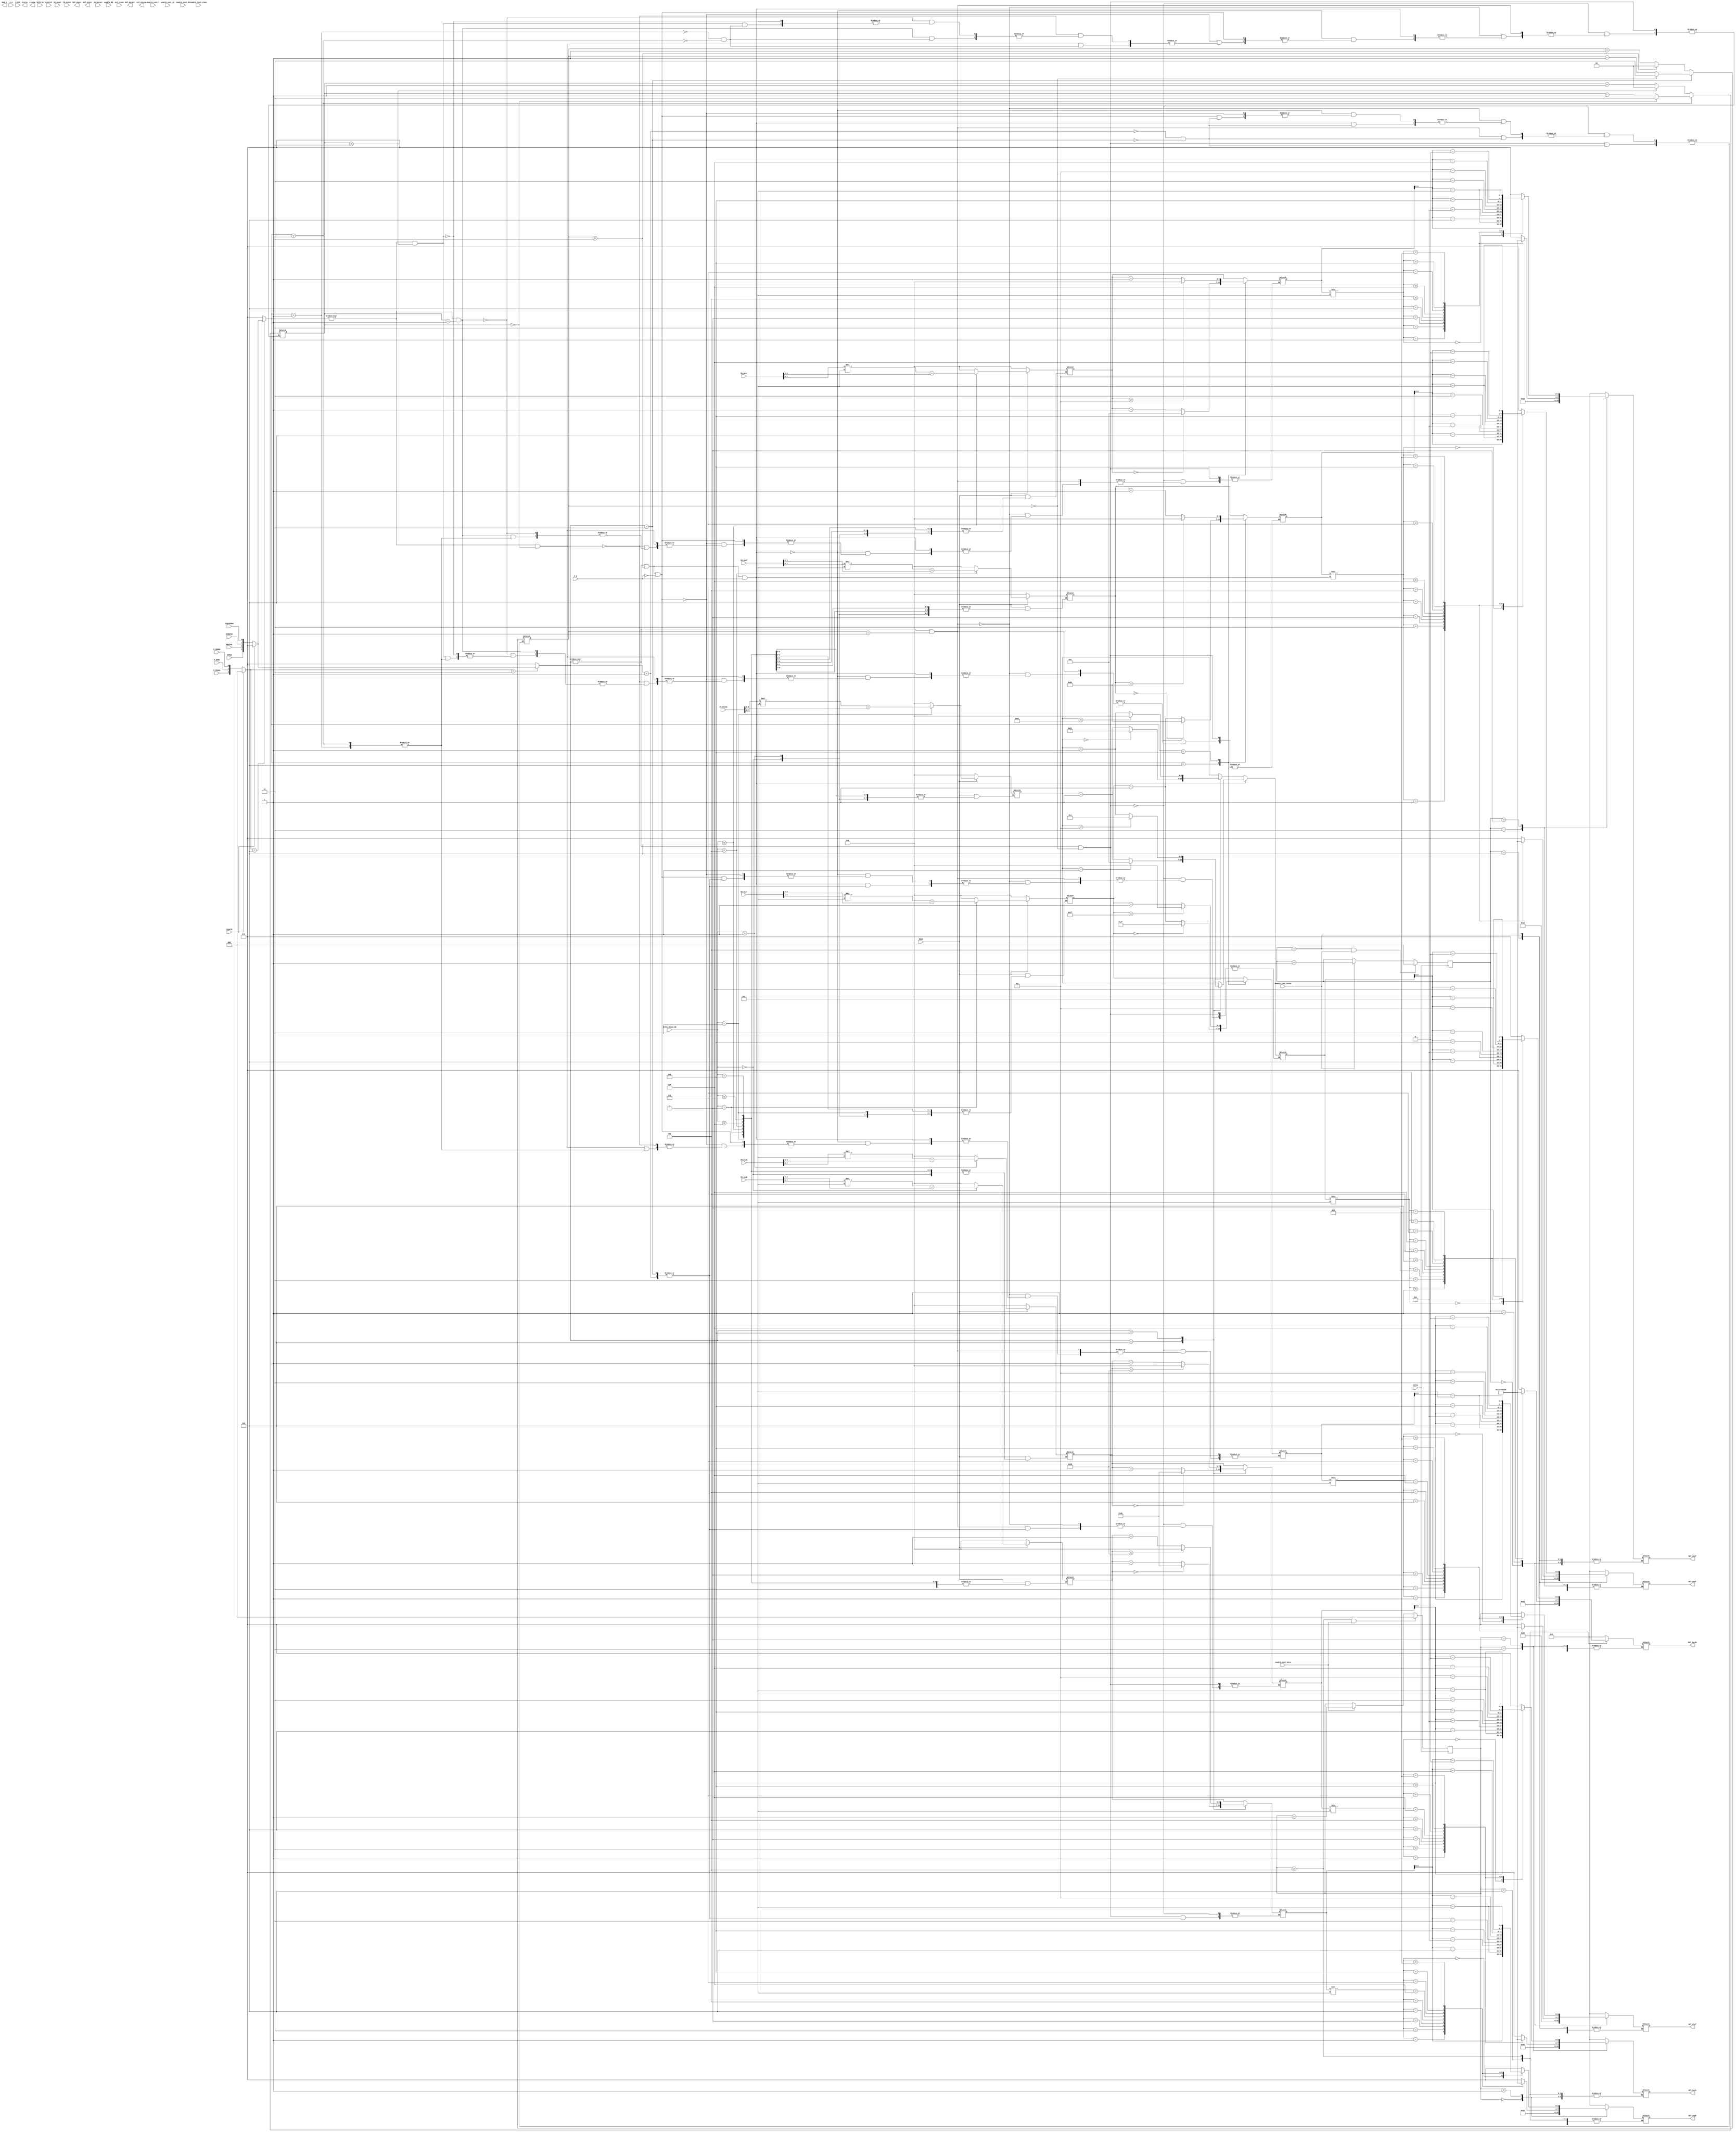
module Controlador_datos(
    
    output wire [7:0] OUT_segh,
    output wire [7:0] OUT_minh,
    output wire [7:0] OUT_horah,
    output wire [7:0] OUT_diaf,
    output wire [7:0] OUT_mesf,
    output wire [7:0] OUT_anof,
    output wire [7:0] OUT_segcr,
    output wire [7:0] OUT_mincr,
    output wire [7:0] OUT_horacr,
    output wire [7:0] Inicie,
    output wire [7:0] Mod_s,
    output wire [23:0] alarma,
    output wire bit_alarma,
    
    
    input wire [7:0] IN_segh,
    input wire [7:0] IN_minh,
    input wire [7:0] IN_horah,
    input wire [7:0] IN_diaf,
    input wire [7:0] IN_mesf,
    input wire [7:0] IN_anof,
    input wire [7:0] IN_segcr,
    input wire [7:0] IN_mincr,
    input wire [7:0] IN_horacr,
    input wire reloj,
    input wire resetM,
    input wire [7:0] DATO_IN,
    input wire P_FECHA,
    input wire P_HORA,
    input wire P_CRONO,
    input wire SUMAR,
    input wire RESTAR,
    input wire DERECHA,
    input wire IZQUIERDA,
    input wire A_A,
    input wire F_H,
    input wire [1:0] Control,
    input wire enable_RD,
    input wire R_RTC, 
    input wire enable_cont_16,
    input wire act_crono,
    input wire enable_cont_I,
    input wire enable_cont_MS,                            
    input wire enable_cont_hora,
    input wire enable_cont_fecha,
    input wire enable_cont_crono,
    input wire [3:0] Selec_Demux_DD,
    input wire READ
    
    
    
    
    );
   
  
  
   reg [3:0] botones;
   reg[2:0] switch ;
   reg [3:0] in_bot_fecha ;
   reg [3:0] in_bot_hora;
   reg [3:0] in_bot_cr; 
   reg [4:0] contador_21 = 0;
   reg contador_1 = 0;
   reg [2:0] sel_dato_hora;
   reg [2:0] sel_dato_fecha;
   reg [2:0] in_mod_status;
   reg [7:0] inicie;
   reg [7:0] mod_s;
   reg [6:0] bin_segh = 0;
   reg [6:0] bin_segh2 = 0;
   reg [6:0] bin_minh = 0;
   reg [6:0] bin_horah = 0;
   reg [6:0] bin_diaf = 0;
   reg [6:0] bin_mesf = 0;
   reg [6:0] bin_anof = 0;
   reg [6:0] bin_segcr = 0;
   reg [6:0] bin_mincr = 0;
   reg [6:0] bin_horacr = 0;
   
   reg [6:0] bin_segh1 = 0;
   reg [6:0] bin_minh1 = 0;
   reg [6:0] bin_horah1 = 0;
   reg [6:0] bin_diaf1 = 0;
   reg [6:0] bin_mesf1 = 0;
   reg [6:0] bin_anof1 = 0;
   reg [6:0] bin_segcr1 = 0;
   reg [6:0] bin_mincr1 = 0;
   reg [6:0] bin_horacr1 =0;
   
   reg [7:0] out_segh;
   reg [7:0] out_minh;
   reg [7:0] out_horah;
   reg [7:0] out_diaf;
   reg [7:0] out_mesf;
   reg [7:0] out_anof;
   reg [7:0] out_segcr;
   reg [7:0] out_mincr;
   reg [7:0] out_horacr;
   
   
   reg [7:0] out_segh_sal;
   reg [7:0] out_minh_sal;
   reg [7:0] out_horah_sal;
   reg [7:0] out_diaf_sal;
   reg [7:0] out_mesf_sal;
   reg [7:0] out_anof_sal;
   reg [7:0] out_segcr_sal;
   reg [7:0] out_mincr_sal;
   reg [7:0] out_horacr_sal;
   
   reg [1:0] contador_pos_h = 0;
   reg [1:0] contador_pos_f = 0;
   reg [1:0] contador_pos_cr = 0;
   
   
   parameter dir_outhora_1 = 8'd33;
   parameter dir_outhora_2 = 8'd34;
   parameter dir_outhora_3 = 8'd35;
   parameter dir_outfecha_1 = 8'd36;
   parameter dir_outfecha_2 = 8'd37;
   parameter dir_outfecha_3 = 8'd38;
   parameter dir_outcr_1 = 8'd65;
   parameter dir_outcr_2 = 8'd66;                                 
   parameter dir_outcr_3 = 8'd67;
   
   
   
   
      
  
   
//// concatena botones
  
  always @(*)
  begin
  
  if (resetM)
    botones <=0;
    
  else 
    botones <= {SUMAR,RESTAR,DERECHA,IZQUIERDA};
  end
  
  
  
 ////concatena switch
   always @(*)
  begin
  
  if (resetM)
    switch <=0;
    
  else 
    switch <= {P_FECHA,P_HORA,P_CRONO}; 
  end
  
  
  
  
  ////// concatena in_mod_status
    always @(*)
  begin
  
  if (resetM)
    in_mod_status <=0;
    
  else 
    in_mod_status <= {A_A,F_H,act_crono};
  end 
  
   
 //DEMUX DE CONTROL
       
    always @(switch)
       begin
           case (switch)  
               3'b100 : begin
                           in_bot_fecha <= botones;
                           in_bot_hora <= 4'b0000;
                           in_bot_cr <= 4'b0000;
                           
                         end
               3'b010 : begin
                           in_bot_fecha <= 4'b0000;
                           in_bot_hora <= botones;
                           in_bot_cr <= 4'b0000;
                         end
               3'b001 : begin
                            in_bot_fecha <= 4'b0000;
                            in_bot_hora <= 4'b0000;
                            in_bot_cr <= botones;
                         end
               default:
                       begin
                          in_bot_fecha <= 4'b0000;
                          in_bot_hora <= 4'b0000;
                          in_bot_cr <= 4'b0000;
                         end
           endcase
       end
           
   
   
   /////    BLOQUES DE DATOS
    
 /// contador de 0 a 21 para inicializacion
 
 always @ (posedge reloj)
 
 begin
 
 if (Control != 0)
    contador_21 <= 0;
 
 else if (contador_21 == 21 && enable_cont_16 && enable_cont_I )
    contador_21 <= 0;
 
 else if (enable_cont_16 && enable_cont_I)
     contador_21 <= contador_21 + 1;
 
 else
     contador_21 <= contador_21;
     
 end
 
 
///// INICIALIZAR  

always @(contador_21)

begin

if (Control == 0)
    begin
    
    if (contador_21==0)
        inicie <= 8'd2;
        
    else if (contador_21==1)
        inicie <= 8'd22;
        
    else if (contador_21==2)
                inicie <= 8'd33;
                
    else if (contador_21==3)
                inicie <= 8'd0;
                    
    else if (contador_21==4)
                inicie <= 8'd34;
                
    else if (contador_21==5)
                inicie <= 8'd0;
                
    else if (contador_21==6)
                inicie <= 8'd35;
    
    else if (contador_21==7)
                inicie <= 8'd0;
    
    else if (contador_21==8)
                inicie <= 8'd36;
    
    else if (contador_21==9)
                inicie <= 8'd0;
    
    else if (contador_21==10)
                 inicie <= 8'd37;
    
    
    else if (contador_21==11)
                 inicie <= 8'd0;
    
    
    else if (contador_21==12)
                 inicie <= 8'd38;
    
    else if (contador_21==13)
                 inicie <= 8'd0;
    
    
    else if (contador_21==14)
                 inicie <= 8'd65;
    
    else if (contador_21==15)
                 inicie <= 8'd0;
    
    else if (contador_21==16)
                 inicie <= 8'd66;
    
    else if (contador_21==17)
                 inicie <= 8'd0;
    
    else if (contador_21==18)
                 inicie <= 8'd67;
    
    else if (contador_21==19)
                 inicie <= 8'd0;
    
    else if (contador_21==20)
                 inicie <= 8'd240;
    
    else if (contador_21==21)
                 inicie <= 8'd0;
    
    else 
        inicie <= inicie;
    
    end

    else 
        inicie <= 8'd0;

end


//// CONTADOR DE 0 a 1       
    
  always @ (posedge reloj)

begin

 if (Control != 3)
    contador_1 <= 0;

else if (contador_1 == 1 && enable_cont_16 && enable_cont_MS)
   contador_1 <= 0;

else if (enable_cont_16 && enable_cont_MS)
    contador_1 <= contador_1 + 1;

else
    contador_1 <= contador_1;
    
end   
    
////// MODIFICAR REGISTROS STATUS    

always @ (contador_1)

    begin
    
    if (Control == 3 && contador_1 == 1)
        begin
        
        case (in_mod_status)
              3'b000 : begin
                        mod_s <= 8'b00000000;
                       end
              3'b001 : begin
                         mod_s <= 8'b00001000;
                       end
              3'b010 : begin
                         mod_s <= 8'b00010000;
                       end
              3'b011 : begin
                         mod_s <= 8'b00011000;
                       end
              3'b100 : begin
                         mod_s <= 8'b00000000;
                       end
              3'b101 : begin
                         mod_s <= 8'b00000000;
                       end
              3'b110 : begin
                         mod_s <= 8'b00010000;
                       end
              3'b111 : begin
                         mod_s <= 8'b00010000;
                       end
              default: begin
                         mod_s <= 8'b00000000;
                       end
           endcase
        
        
        end
    
     else 
          mod_s <= 8'b00000000;  
    
end


/////contadores de posicion

always @(Selec_Demux_DD)
begin



end

    
/////////// Entradas BLOQUES hora,fecha y crono


always @(Selec_Demux_DD)
begin

    if (READ)
    begin

    case (Selec_Demux_DD)
    
      4'b0000: begin
                 bin_segh <= IN_segh[7:4]*10 + IN_segh[3:0];   
             end
             
             
      4'b0001: begin
               bin_minh <= IN_minh[7:4]*10 + IN_minh[3:0];
               end
               
               
      4'b0010: begin
                  bin_horah <= IN_horah[7:4]*10 + IN_horah[3:0];
               end
               
               
      4'b0011: begin
                 bin_diaf <= IN_diaf[7:4]*10 + IN_diaf[3:0];
               end
               
               
      4'b0100: begin
                  bin_mesf <= IN_mesf[7:4]*10 + IN_mesf[3:0];
               end
               
               
      4'b0101: begin
                  bin_anof <= IN_anof[7:4]*10 + IN_anof[3:0];
               end
               
               
      4'b0110: begin
                  bin_segcr <= IN_segcr[7:4]*10 + IN_segcr[3:0];
               end
               
               
      4'b0111: begin
                  bin_mincr <= IN_mincr[7:4]*10 + IN_mincr[3:0];
               end
               
               
      4'b1000: begin
                  bin_horacr <= IN_horacr[7:4]*10 + IN_horacr[3:0];
               end
     
      default: begin
             
                  bin_segh <= 0;
                  bin_minh <= 0;
                  bin_horah <= 0;
                  bin_diaf <= 0;
                  bin_mesf <= 0;
                  bin_anof <= 0;
                  bin_segcr <= 0;
                  bin_mincr <= 0;
                  bin_horacr <= 0;
               end
    
      endcase

    end

    else 
    
        begin
        
        bin_segh <= 0;
        bin_minh <= 0;
        bin_horah <= 0;
        bin_diaf <= 0;
        bin_mesf <= 0;
        bin_anof <= 0;
        bin_segcr <= 0;
        bin_mincr <= 0;
        bin_horacr <= 0;
        
        
    
        end
        

end


///////////// Sumar, restar y desplazar bloques hora,fecha y crono


always @(*)

begin


if(in_bot_hora != 0 && contador_pos_h == 0)
    
    begin
                
                 case (in_bot_hora)
                       
                       4'b0001: begin
                                    if (contador_pos_h == 2)
                                        contador_pos_h <= 0;
                                    
                                    else
                                    contador_pos_h <= contador_pos_h + 1;
                                end
                       4'b0010: begin
                                   if (contador_pos_h == 0)
                                       contador_pos_h <= 2;
                                                           
                                   else
                                    contador_pos_h <= contador_pos_h - 1;
                                end
                     
                       4'b0100: begin
                                   if (bin_segh == 0)
                                   bin_segh1 <= 59;
                                 
                                   else 
                                   bin_segh1 <= bin_segh - 1;
                                end
               
                       4'b1000: begin
                                   if (bin_segh == 59)
                                   bin_segh1 <= 0;
                                                        
                                   else 
                                   bin_segh1 <= bin_segh + 1;
                                   
                                end
            
                       default: begin
                                   bin_segh1 <= bin_segh;
                                end
                    endcase
                
                 
                 
                 
                 end

else if(in_bot_hora != 0 && contador_pos_h == 1)
                 begin
                
                 case (in_bot_hora)
                       
                       4'b0001: begin
                                    if (contador_pos_h == 2)
                                        contador_pos_h <= 0;
                                    
                                    else
                                    contador_pos_h <= contador_pos_h + 1;
                                end
                       4'b0010: begin
                                   if (contador_pos_h == 0)
                                       contador_pos_h <= 2;
                                                           
                                   else
                                    contador_pos_h <= contador_pos_h - 1;
                                end
                     
                       4'b0100: begin
                                   if (bin_minh == 0)
                                   bin_minh1 <= 59;
                                 
                                   else 
                                   bin_minh1 <= bin_minh - 1;
                                end
               
                       4'b1000: begin
                                   if (bin_minh == 59)
                                   bin_minh1 <= 0;
                                                        
                                   else 
                                   bin_minh1 <= bin_minh + 1;
                                   
                                end
            
                       default: begin
                                   bin_minh1 <= bin_minh;
                                end
                    endcase
                
                 
                 
                 
                 end

///// formato 12 horas
else if(in_bot_hora != 0 && contador_pos_h == 2 && F_H == 1 )
                 begin
                
                 case (in_bot_hora)
                       
                       4'b0001: begin
                                    if (contador_pos_h == 2)
                                        contador_pos_h <= 0;
                                    
                                    else
                                    contador_pos_h <= contador_pos_h + 1;
                                end
                       4'b0010: begin
                                   if (contador_pos_h == 0)
                                       contador_pos_h <= 2;
                                                           
                                   else
                                    contador_pos_h <= contador_pos_h - 1;
                                end
                     
                       4'b0100: begin
                                   if (bin_horah == 1)
                                   bin_horah1 <= 12;
                                 
                                   else 
                                   bin_horah1 <= bin_horah - 1;
                                end
               
                       4'b1000: begin
                                   if (bin_horah == 12)
                                   bin_horah1 <= 1;
                                                        
                                   else 
                                   bin_horah1 <= bin_horah + 1;
                                   
                                end
            
                       default: begin
                                   bin_horah1 <= bin_horah;
                                end
                    endcase
                
                 
                 
                 
                 end


//// formato 24 horas 
else if(in_bot_hora != 0 && contador_pos_h == 2 && F_H == 0)
                 begin
                
                 case (in_bot_hora)
                       
                       4'b0001: begin
                                    if (contador_pos_h == 2)
                                        contador_pos_h <= 0;
                                    
                                    else
                                    contador_pos_h <= contador_pos_h + 1;
                                end
                       4'b0010: begin
                                   if (contador_pos_h == 0)
                                       contador_pos_h <= 2;
                                                           
                                   else
                                    contador_pos_h <= contador_pos_h - 1;
                                end
                     
                       4'b0100: begin
                                   if (bin_horah == 0)
                                   bin_horah1 <= 23;
                                 
                                   else 
                                   bin_horah1 <= bin_horah - 1;
                                end
               
                       4'b1000: begin
                                   if (bin_horah == 23)
                                   bin_horah1 <= 0;
                                                        
                                   else 
                                   bin_horah1 <= bin_horah + 1;
                                   
                                end
            
                       default: begin
                                   bin_horah1 <= bin_horah;
                                end
                    endcase
                
                 
                 
                 
                 end
          
                                  
                                                                   
else if(in_bot_fecha != 0 && contador_pos_f == 0)
                                  begin
                                 
                                  case (in_bot_fecha)
                                        
                                  4'b0001: begin
                                  if (contador_pos_f == 2)
                                  contador_pos_f <= 0;
                                                     
                                   else
                                   contador_pos_f <= contador_pos_f + 1;
                                   end
                                   4'b0010: begin
                                   if (contador_pos_f == 0)
                                   contador_pos_f <= 2;
                                                                            
                                   else
                                     contador_pos_f <= contador_pos_f - 1;
                                   end
                                      
                                   4'b0100: begin
                                   if (bin_diaf == 0)
                                   bin_diaf1 <= 31;
                                                  
                                   else 
                                   bin_diaf1 <= bin_diaf - 1;
                                   end
                                
                                   4'b1000: begin
                                   if (bin_diaf == 31)
                                   bin_diaf1 <= 0;
                                                                         
                                   else 
                                   bin_diaf1 <= bin_diaf + 1;
                                                    
                                                 end
                             
                                   default: begin
                                            bin_diaf1 <= bin_diaf;
                                            end
                                            
                                  endcase
                                 
                                  
                                  
                                  
                                  end                                                                  
                                  

else if(in_bot_fecha != 0 && contador_pos_f == 1)
                                  begin
                                 
                                  case (in_bot_fecha)
                                        
                                  4'b0001: begin
                                  if (contador_pos_f == 2)
                                  contador_pos_f <= 0;
                                                     
                                   else
                                   contador_pos_f <= contador_pos_f + 1;
                                   end
                                   4'b0010: begin
                                   if (contador_pos_f == 0)
                                   contador_pos_f <= 2;
                                                                            
                                   else
                                     contador_pos_f <= contador_pos_f - 1;
                                   end
                                      
                                   4'b0100: begin
                                   if (bin_mesf == 0)
                                   bin_mesf1 <= 12;
                                                  
                                   else 
                                   bin_mesf1 <= bin_mesf - 1;
                                   end
                                
                                   4'b1000: begin
                                   if (bin_mesf == 12)
                                   bin_mesf1 <= 0;
                                                                         
                                   else 
                                   bin_mesf1 <= bin_mesf + 1;
                                                    
                                                 end
                             
                                   default: begin
                                            bin_mesf1 <= bin_mesf;
                                            end
                                            
                                  endcase
                                 
                                  
                                  
                                  
                                  end                                      
                                 
                                  
else if(in_bot_fecha != 0 && contador_pos_f == 2)
                                 
                                  begin
                                                                   
                                  case (in_bot_fecha)
                                                                          
                                   4'b0001: begin
                                   if (contador_pos_f == 2)
                                   contador_pos_f <= 0;
                                                                                       
                                   else
                                   contador_pos_f <= contador_pos_f + 1;
                                   end
                                   4'b0010: begin
                                   if (contador_pos_f == 0)
                                   contador_pos_f <= 2;
                                                                                                              
                                   else
                                   contador_pos_f <= contador_pos_f - 1;
                                   end
                                                                        
                                   4'b0100: begin
                                   if (bin_anof == 0)
                                   bin_anof1 <= 99;
                                                                                    
                                   else 
                                   bin_anof1 <= bin_diaf - 1;
                                   end
                                                                  
                                   4'b1000: begin
                                   if (bin_anof == 99)
                                   bin_anof1 <= 0;
                                                                                                           
                                   else 
                                   bin_anof1 <= bin_anof + 1;
                                                                                      
                                   end
                                                               
                                   default: begin
                                   bin_anof1 <= bin_anof;
                                   end
                                                                              
                                   endcase                               
                                                                    
                                   end                                                                    
                                 
                                                                   
else if(in_bot_cr != 0 && contador_pos_cr == 0)
                                  begin
                                                                    
                                  case (in_bot_cr)
                                                                           
                                  4'b0001: begin
                                  if (contador_pos_cr == 2)
                                  contador_pos_cr <= 0;
                                                                                        
                                  else
                                  contador_pos_cr <= contador_pos_cr + 1;
                                  end
                                  4'b0010: begin
                                  if (contador_pos_cr == 0)
                                  contador_pos_cr <= 2;
                                                                                                               
                                  else
                                  contador_pos_cr <= contador_pos_cr - 1;
                                  end
                                                                         
                                  4'b0100: begin
                                  if (bin_segcr == 0)
                                  bin_segcr1 <= 59;
                                                                                     
                                  else 
                                  bin_segcr1 <= bin_segcr - 1;
                                  end
                                                                   
                                  4'b1000: begin
                                  if (bin_segcr == 59)
                                  bin_segcr1 <= 0;
                                                                                                            
                                 else 
                                  bin_segcr1 <= bin_segcr + 1;
                                                                                       
                                 end
                                                                
                                default: begin
                                 bin_segcr1 <= bin_segcr;
                                end
                                                                               
                               endcase
                             end 


else if(in_bot_cr != 0 && contador_pos_cr == 1)
                                  begin
                                                                    
                                  case (in_bot_cr)
                                                                           
                                  4'b0001: begin
                                  if (contador_pos_cr == 2)
                                  contador_pos_cr <= 0;
                                                                                        
                                  else
                                  contador_pos_cr <= contador_pos_cr + 1;
                                  end
                                  4'b0010: begin
                                  if (contador_pos_cr == 0)
                                  contador_pos_cr <= 2;
                                                                                                               
                                  else
                                  contador_pos_cr <= contador_pos_cr - 1;
                                  end
                                                                         
                                  4'b0100: begin
                                  if (bin_mincr == 0)
                                  bin_mincr1 <= 59;
                                                                                     
                                  else 
                                  bin_mincr1 <= bin_mincr - 1;
                                  end
                                                                   
                                  4'b1000: begin
                                  if (bin_mincr == 59)
                                  bin_mincr1 <= 0;
                                                                                                            
                                 else 
                                  bin_mincr1 <= bin_mincr + 1;
                                                                                       
                                 end
                                                                
                                default: begin
                                 bin_mincr1 <= bin_mincr;
                                end
                                                                               
                               endcase
                             end 

else if(in_bot_cr != 0 && contador_pos_cr == 2)
                                  begin
                                                                    
                                  case (in_bot_cr)
                                                                           
                                  4'b0001: begin
                                  if (contador_pos_cr == 2)
                                  contador_pos_cr <= 0;
                                                                                        
                                  else
                                  contador_pos_cr <= contador_pos_cr + 1;
                                  end
                                  4'b0010: begin
                                  if (contador_pos_cr == 0)
                                  contador_pos_cr <= 2;
                                                                                                               
                                  else
                                  contador_pos_cr <= contador_pos_cr - 1;
                                  end
                                                                         
                                  4'b0100: begin
                                  if (bin_segcr == 0)
                                  bin_horacr1 <= 23;
                                                                                     
                                  else 
                                  bin_horacr1 <= bin_horacr - 1;
                                  end
                                                                   
                                  4'b1000: begin
                                  if (bin_horacr == 23)
                                  bin_horacr1 <= 0;
                                                                                                            
                                 else 
                                  bin_horacr1 <= bin_horacr + 1;
                                                                                       
                                 end
                                                                
                                default: begin
                                 bin_horacr1 <= bin_horacr;
                                end
                                                                               
                               endcase
                             end 


else 
        begin
        
        bin_segh2 <= 8;

        
        end
end

//// bloque HORA       
    
//// contador_dato de 0 a 5 para hora

always @(posedge reloj)

begin
    
    if (sel_dato_hora == 5 && enable_cont_hora)
        sel_dato_hora <= 0;
    
    else if (enable_cont_hora)
        sel_dato_hora <= sel_dato_hora + 1;
        
    else 
        sel_dato_hora <= sel_dato_hora;   
        

end


//// contador_dato de 0 a 5 para hora

always @(posedge reloj)

begin
    
    if (sel_dato_fecha == 5 && enable_cont_fecha)
        sel_dato_fecha <= 0;
    
    else if (enable_cont_fecha)
        sel_dato_fecha <= sel_dato_fecha + 1;
        
    else 
        sel_dato_fecha <= sel_dato_fecha;   
        

end




//////// convertidor bin_segh binario BCD



always @(*)
begin

case (bin_segh1 / 10)
      4'b0000: begin
                  out_segh [7:4] <= 0;
                  out_segh [3:0] <= bin_segh1;
                  
               end
      4'b0001: begin
                  out_segh [7:4] <= 1;
                  out_segh [3:0] <= bin_segh1 - 10;
               end
      4'b0010: begin
                  out_segh [7:4] <= 2;
                  out_segh [3:0] <= bin_segh1- 20;
               end
      4'b0011: begin
                  out_segh [7:4] <= 3;
                  out_segh [3:0] <= bin_segh1 - 30;
               end
      4'b0100: begin
                  out_segh [7:4] <= 4;
                  out_segh [3:0] <= bin_segh1 - 40;
               end
      4'b0101: begin
                  out_segh [7:4] <= 5;
                  out_segh [3:0] <= bin_segh1 - 50;
               end
      4'b0110: begin
                  out_segh [7:4] <= 6;
                  out_segh [3:0] <= bin_segh1 - 60;
               end
      4'b0111: begin
                 out_segh [7:4] <= 7;
                 out_segh [3:0] <= bin_segh1 - 70;
               end
      4'b1000: begin
                  out_segh [7:4] <= 8;
                  out_segh [3:0] <= bin_segh1 - 80;
               end
      4'b1001: begin
                  out_segh [7:4] <= 9;
                  out_segh [3:0] <= bin_segh1 -90;
               end
      
      default: begin
                  out_segh <= 0;  
               end
   endcase
   
end



//////// convertidor bin_minh binario BCD



always @(*)
begin

case (bin_minh1 / 10)
      4'b0000: begin
                  out_minh [7:4] <= 0;
                  out_minh [3:0] <= bin_minh1;
                  
               end
      4'b0001: begin
                  out_minh [7:4] <= 1;
                  out_minh [3:0] <= bin_minh1 - 10;
               end
      4'b0010: begin
                  out_minh [7:4] <= 2;
                  out_minh [3:0] <= bin_minh1- 20;
               end
      4'b0011: begin
                  out_minh [7:4] <= 3;
                  out_minh [3:0] <= bin_minh1 - 30;
               end
      4'b0100: begin
                  out_minh [7:4] <= 4;
                  out_minh [3:0] <= bin_minh1 - 40;
               end
      4'b0101: begin
                  out_minh [7:4] <= 5;
                  out_minh [3:0] <= bin_minh1 - 50;
               end
      4'b0110: begin
                  out_minh [7:4] <= 6;
                  out_minh [3:0] <= bin_minh1 - 60;
               end
      4'b0111: begin
                 out_minh [7:4] <= 7;
                 out_minh [3:0] <= bin_minh1 - 70;
               end
      4'b1000: begin
                  out_minh [7:4] <= 8;
                  out_minh [3:0] <= bin_minh1 - 80;
               end
      4'b1001: begin
                  out_minh [7:4] <= 9;
                  out_minh [3:0] <= bin_minh1 -90;
               end
      
      default: begin
                  out_minh <= 0;  
               end
   endcase
   
end


//////// convertidor bin_horah binario BCD



always @(*)
begin

case (bin_horah1 / 10)
      4'b0000: begin
                  out_horah [7:4] <= 0;
                  out_horah [3:0] <= bin_horah1;
                  
               end
      4'b0001: begin
                  out_horah [7:4] <= 1;
                  out_horah [3:0] <= bin_horah1 - 10;
               end
      4'b0010: begin
                  out_horah [7:4] <= 2;
                  out_horah [3:0] <= bin_horah1- 20;
               end
      4'b0011: begin
                  out_horah [7:4] <= 3;
                  out_horah [3:0] <= bin_horah1 - 30;
               end
      4'b0100: begin
                  out_horah [7:4] <= 4;
                  out_horah [3:0] <= bin_horah1 - 40;
               end
      4'b0101: begin
                  out_horah [7:4] <= 5;
                  out_horah [3:0] <= bin_horah1 - 50;
               end
      4'b0110: begin
                  out_horah [7:4] <= 6;
                  out_horah [3:0] <= bin_horah1 - 60;
               end
      4'b0111: begin
                 out_horah [7:4] <= 7;
                 out_horah [3:0] <= bin_horah1 - 70;
               end
      4'b1000: begin
                  out_horah [7:4] <= 8;
                  out_horah [3:0] <= bin_horah1 - 80;
               end
      4'b1001: begin
                  out_horah [7:4] <= 9;
                  out_horah [3:0] <= bin_horah1 -90;
               end
      
      default: begin
                  out_horah <= 0;  
               end
   endcase
   
end



//////// convertidor bin_diaf binario BCD



always @(*)
begin

case (bin_diaf1 / 10)
      4'b0000: begin
                  out_diaf [7:4] <= 0;
                  out_diaf [3:0] <= bin_diaf1;
                  
               end
      4'b0001: begin
                  out_diaf [7:4] <= 1;
                  out_diaf [3:0] <= bin_diaf1 - 10;
               end
      4'b0010: begin
                  out_diaf [7:4] <= 2;
                  out_diaf [3:0] <= bin_diaf1- 20;
               end
      4'b0011: begin
                  out_diaf [7:4] <= 3;
                  out_diaf [3:0] <= bin_diaf1 - 30;
               end
      4'b0100: begin
                  out_diaf [7:4] <= 4;
                  out_diaf [3:0] <= bin_diaf1 - 40;
               end
      4'b0101: begin
                  out_diaf [7:4] <= 5;
                  out_diaf [3:0] <= bin_diaf1 - 50;
               end
      4'b0110: begin
                  out_diaf [7:4] <= 6;
                  out_diaf [3:0] <= bin_diaf1 - 60;
               end
      4'b0111: begin
                 out_diaf [7:4] <= 7;
                 out_diaf [3:0] <= bin_diaf1 - 70;
               end
      4'b1000: begin
                  out_diaf [7:4] <= 8;
                  out_diaf [3:0] <= bin_diaf1 - 80;
               end
      4'b1001: begin
                  out_diaf [7:4] <= 9;
                  out_diaf [3:0] <= bin_diaf1 -90;
               end
      
      default: begin
                  out_diaf <= 0;  
               end
   endcase
   
end


//////// convertidor bin_mesf binario BCD



always @(*)
begin

case (bin_mesf1 / 10)
      4'b0000: begin
                  out_mesf [7:4] <= 0;
                  out_mesf [3:0] <= bin_mesf1;
                  
               end
      4'b0001: begin
                  out_mesf [7:4] <= 1;
                  out_mesf [3:0] <= bin_mesf1 - 10;
               end
      4'b0010: begin
                  out_mesf [7:4] <= 2;
                  out_mesf [3:0] <= bin_mesf1- 20;
               end
      4'b0011: begin
                  out_mesf [7:4] <= 3;
                  out_mesf [3:0] <= bin_mesf1 - 30;
               end
      4'b0100: begin
                  out_mesf [7:4] <= 4;
                  out_mesf [3:0] <= bin_mesf1 - 40;
               end
      4'b0101: begin
                  out_mesf [7:4] <= 5;
                  out_mesf [3:0] <= bin_mesf1 - 50;
               end
      4'b0110: begin
                  out_mesf [7:4] <= 6;
                  out_mesf [3:0] <= bin_mesf1 - 60;
               end
      4'b0111: begin
                 out_mesf [7:4] <= 7;
                 out_mesf [3:0] <= bin_mesf1 - 70;
               end
      4'b1000: begin
                  out_mesf [7:4] <= 8;
                  out_mesf [3:0] <= bin_mesf1 - 80;
               end
      4'b1001: begin
                  out_mesf [7:4] <= 9;
                  out_mesf [3:0] <= bin_mesf1 -90;
               end
      
      default: begin
                  out_mesf <= 0;  
               end
   endcase
   
end



//////// convertidor bin_anof binario BCD
//assign OUT_anof = out_anof;


always @(*)
begin

case (bin_anof1 / 10)
      4'b0000: begin
                  out_anof [7:4] <= 0;
                  out_anof [3:0] <= bin_anof1;
                  
               end
      4'b0001: begin
                  out_anof [7:4] <= 1;
                  out_anof [3:0] <= bin_anof1 - 10;
               end
      4'b0010: begin
                  out_anof [7:4] <= 2;
                  out_anof [3:0] <= bin_anof1- 20;
               end
      4'b0011: begin
                  out_anof [7:4] <= 3;
                  out_anof [3:0] <= bin_anof1 - 30;
               end
      4'b0100: begin
                  out_anof [7:4] <= 4;
                  out_anof [3:0] <= bin_anof1 - 40;
               end
      4'b0101: begin
                  out_anof [7:4] <= 5;
                  out_anof [3:0] <= bin_anof1 - 50;
               end
      4'b0110: begin
                  out_anof [7:4] <= 6;
                  out_anof [3:0] <= bin_anof1 - 60;
               end
      4'b0111: begin
                 out_anof [7:4] <= 7;
                 out_anof [3:0] <= bin_anof1 - 70;
               end
      4'b1000: begin
                  out_anof [7:4] <= 8;
                  out_anof [3:0] <= bin_anof1 - 80;
               end
      4'b1001: begin
                  out_anof [7:4] <= 9;
                  out_anof [3:0] <= bin_anof1 -90;
               end
      
      default: begin
                  out_anof <= 0;  
               end
   endcase
   
end



//////// convertidor bin_segcr binario BCD
//assign OUT_segcr = out_segcr;


always @(*)
begin

case (bin_segcr1 / 10)
      4'b0000: begin
                  out_segcr [7:4] <= 0;
                  out_segcr [3:0] <= bin_segcr1;
                  
               end
      4'b0001: begin
                  out_segcr [7:4] <= 1;
                  out_segcr [3:0] <= bin_segcr1 - 10;
               end
      4'b0010: begin
                  out_segcr [7:4] <= 2;
                  out_segcr [3:0] <= bin_segcr1- 20;
               end
      4'b0011: begin
                  out_segcr [7:4] <= 3;
                  out_segcr [3:0] <= bin_segcr1 - 30;
               end
      4'b0100: begin
                  out_segcr [7:4] <= 4;
                  out_segcr [3:0] <= bin_segcr1 - 40;
               end
      4'b0101: begin
                  out_segcr [7:4] <= 5;
                  out_segcr [3:0] <= bin_segcr1 - 50;
               end
      4'b0110: begin
                  out_segcr [7:4] <= 6;
                  out_segcr [3:0] <= bin_segcr1 - 60;
               end
      4'b0111: begin
                 out_segcr [7:4] <= 7;
                 out_segcr [3:0] <= bin_segcr1 - 70;
               end
      4'b1000: begin
                  out_segcr [7:4] <= 8;
                  out_segcr [3:0] <= bin_segcr1 - 80;
               end
      4'b1001: begin
                  out_segcr [7:4] <= 9;
                  out_segcr [3:0] <= bin_segcr1 -90;
               end
      
      default: begin
                  out_segcr <= 0;  
               end
   endcase
   
end



//////// convertidor bin_mincr binario BCD
//assign OUT_mincr = out_mincr;


always @(*)
begin

case (bin_mincr1 / 10)
      4'b0000: begin
                  out_mincr [7:4] <= 0;
                  out_mincr [3:0] <= bin_mincr1;
                  
               end
      4'b0001: begin
                  out_mincr [7:4] <= 1;
                  out_mincr [3:0] <= bin_mincr1 - 10;
               end
      4'b0010: begin
                  out_mincr [7:4] <= 2;
                  out_mincr [3:0] <= bin_mincr1- 20;
               end
      4'b0011: begin
                  out_mincr [7:4] <= 3;
                  out_mincr [3:0] <= bin_mincr1- 30;
               end
      4'b0100: begin
                  out_mincr [7:4] <= 4;
                  out_mincr [3:0] <= bin_mincr1 - 40;
               end
      4'b0101: begin
                  out_mincr [7:4] <= 5;
                  out_mincr [3:0] <= bin_mincr1 - 50;
               end
      4'b0110: begin
                  out_mincr [7:4] <= 6;
                  out_mincr [3:0] <= bin_mincr1 - 60;
               end
      4'b0111: begin
                 out_mincr [7:4] <= 7;
                 out_mincr [3:0] <= bin_mincr1 - 70;
               end
      4'b1000: begin
                  out_mincr [7:4] <= 8;
                  out_mincr [3:0] <= bin_mincr1 - 80;
               end
      4'b1001: begin
                  out_mincr [7:4] <= 9;
                  out_mincr [3:0] <= bin_mincr1 -90;
               end
      
      default: begin
                  out_mincr <= 0;  
               end
   endcase
   
end


//////// convertidor bin_horacr binario BCD
//assign OUT_horacr = out_horacr;


always @(*)
begin

case (bin_horacr1 / 10)
      4'b0000: begin
                  out_horacr [7:4] <= 0;
                  out_horacr [3:0] <= bin_horacr1;
                  
               end
      4'b0001: begin
                  out_horacr [7:4] <= 1;
                  out_horacr [3:0] <= bin_horacr1 - 10;
               end
      4'b0010: begin
                  out_horacr [7:4] <= 2;
                  out_horacr [3:0] <= bin_horacr1- 20;
               end
      4'b0011: begin
                  out_horacr [7:4] <= 3;
                  out_horacr [3:0] <= bin_horacr1 - 30;
               end
      4'b0100: begin
                  out_horacr [7:4] <= 4;
                  out_horacr [3:0] <= bin_horacr1 - 40;
               end
      4'b0101: begin
                  out_horacr [7:4] <= 5;
                  out_horacr [3:0] <= bin_horacr1 - 50;
               end
      4'b0110: begin
                  out_horacr [7:4] <= 6;
                  out_horacr [3:0] <= bin_horacr1 - 60;
               end
      4'b0111: begin
                 out_horacr [7:4] <= 7;
                 out_horacr [3:0] <= bin_horacr1 - 70;
               end
      4'b1000: begin
                  out_horacr [7:4] <= 8;
                  out_horacr [3:0] <= bin_horacr1 - 80;
               end
      4'b1001: begin
                  out_horacr [7:4] <= 9;
                  out_horacr [3:0] <= bin_horacr1 -90;
               end
      
      default: begin
                  out_horacr <= 0;  
               end
   endcase
   
end

////// asignar a salidas de hora


always @ (sel_dato_hora)
begin

case (sel_dato_hora)
      3'b000 : begin
               out_segh_sal <= dir_outhora_1; 
               end
      3'b001 : begin
               out_segh_sal <= out_segh;
               end
      3'b010 : begin
               out_minh_sal <= dir_outhora_2;
               end
      3'b011 : begin
               out_minh_sal <= out_minh;
               end
      3'b100 : begin
                  out_horah_sal <= dir_outhora_3;
               end
      3'b101 : begin
                  out_horah_sal <= out_horah;
               end
     
      default: begin
                  out_segh_sal <= 0;
                  out_minh_sal <= 0;
                  out_horah_sal <= 0;
               end
   endcase
			
end



assign OUT_segh = out_segh_sal;
assign OUT_minh = out_minh_sal;
assign OUT_horah = out_horah_sal;


////// asignar a salidas de fecha

always @ (sel_dato_fecha)
begin

case (sel_dato_fecha)
      3'b000 : begin
               out_diaf_sal <= dir_outfecha_1; 
               end
      3'b001 : begin
               out_diaf_sal <= out_diaf;
               end
      3'b010 : begin
               out_mesf_sal <= dir_outfecha_2;
               end
      3'b011 : begin
               out_mesf_sal <= out_mesf;
               end
      3'b100 : begin
                  out_anof_sal <= dir_outfecha_3;
               end
      3'b101 : begin
                  out_anof_sal <= out_anof;
               end
     
      default: begin
                  out_diaf_sal <= 0;
                  out_mesf_sal <= 0;
                  out_anof_sal <= 0;
               end
   endcase
			
end



assign OUT_diaf= out_diaf_sal;
assign OUT_mesf = out_mesf_sal;
assign OUT_anof = out_anof_sal;
















    
    
    
    
    
    
    
    
    
endmodule